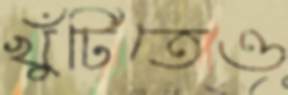
খুঁটিতেও